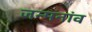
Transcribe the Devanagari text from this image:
जन्मनांव